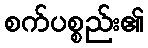
စက်ပစ္စည်း၏